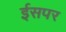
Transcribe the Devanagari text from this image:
ईसपर